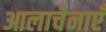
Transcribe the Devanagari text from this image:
आलाचेनाएँ